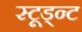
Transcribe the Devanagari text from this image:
स्टूड्न्ट